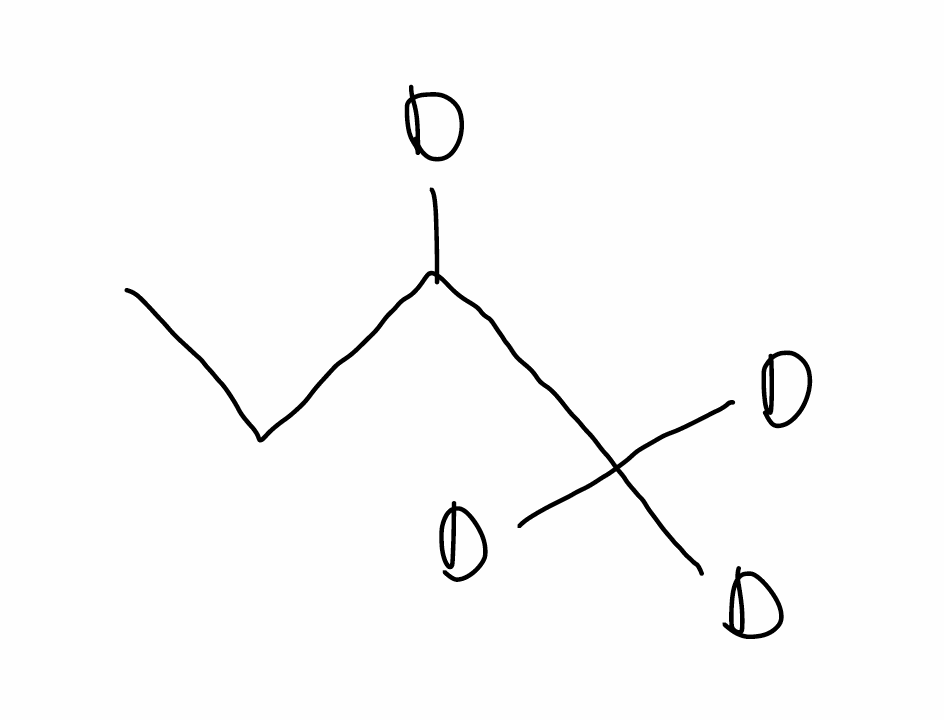
Simplified molecular-input line-entry system (SMILES) notation of the given molecule:
[2H]C(CC)C([2H])([2H])[2H]